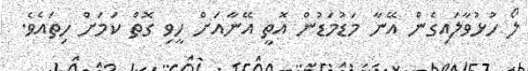
ލޯ ހުޅުވާލައިގެން އޭނާ މަޑުމަޑުން އޮތީ އޭނާއަށް ހީވި ގޮތް ކަމަށް ހިތައެވެ.